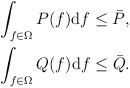
LaTeX: \begin{align*}&\int_{f\in\Omega}P(f)\mathrm{d}f \le \bar{P},\\&\int_{f\in\Omega}Q(f)\mathrm{d}f \le \bar{Q}.\end{align*}